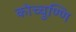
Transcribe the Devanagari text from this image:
कोच्चुण्णि